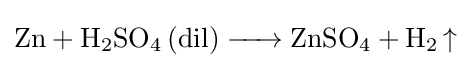
{\ce {Zn + H_2SO_4 (dil) -> ZnSO_4 + H_2 ^}}